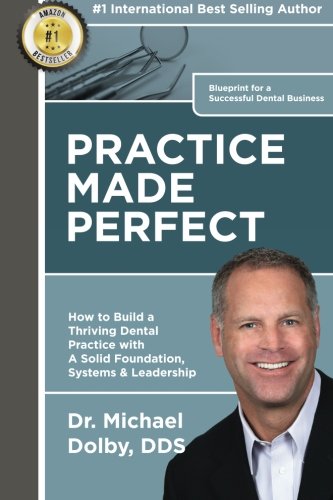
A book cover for Practice Made Perfect: How to Build a Thriving Dental Practice with A Solid Foundation, Systems & Leadership; Dr Michael Dolby DDS; Medical Books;